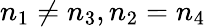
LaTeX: n_{1}\neq n_{3},n_{2}=n_{4}